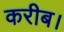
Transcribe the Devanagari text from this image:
करीब।